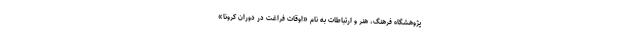
پژوهشگاه فرهنگ، هنر و ارتباطات به نام «اوقات فراغت در دوران کرونا»